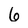
Character: 6